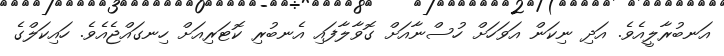
އަނބުރާލީއެވެ. އަދި ނިކަން އަވަހަށް ހުސްނާއަށް ގޮވާލާފައި އެނބުރި ކޮޓަރިއަށް ހިނގައްޖެއެވެ. ހައިކަލްގެ